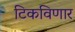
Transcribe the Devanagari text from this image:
टिकविणार